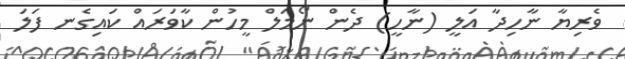
ވެރިޔާ ނާހިދާ އަލީ (ނާހީ) ދެން ނޯމަލް މީހުން ކާވަރައް ކައިގެނ ފަލަ